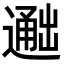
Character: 𬩐